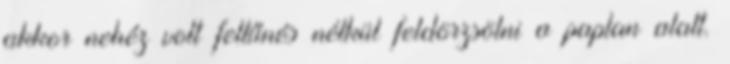
akkor nehéz volt feltűnés nélkül feldörzsölni a paplan alatt.